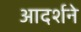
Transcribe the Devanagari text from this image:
आदर्शने